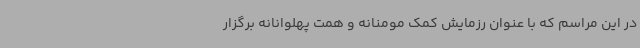
در این مراسم که با عنوان رزمایش کمک مومنانه و همت پهلوانانه برگزار